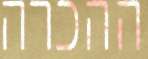
ההכרה